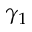
\gamma _ { 1 }